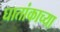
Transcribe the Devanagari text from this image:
घातांकाच्या